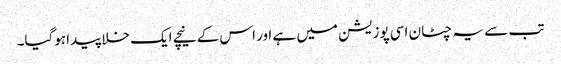
تب سے یہ چٹان اسی پوزیشن میں ہے اور اس کے نیچے ایک خلا پیدا ہوگیا۔